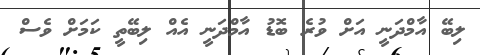
ލިބޭ އާމްދަނީ އަށް ވުރެ ބޮޑު އާމްދަނީ އެއް ލިބޭތީ ކަމަށް ވެސް